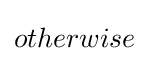
otherwise